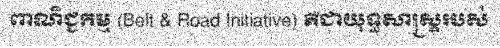
ពាណិជ្ជកម្ម (Belt & Road Initiative) គឺជាយុទ្ធសាស្ត្ររបស់